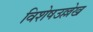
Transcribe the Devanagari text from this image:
विशेषउल्लेख